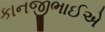
કાનજીભાઈએ